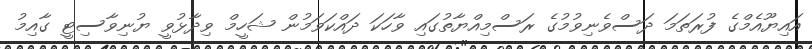
އައިޔޫއެމްގެ ފުރަތަމަ ދަސްވެނިވުމުގެ ރަސްމިއްޔާތުގައި ވާހަކަ ދައްކަވަމުން ޝަހީމް ވިދާޅުވީ ޔުނިވާސިޓީ ގާއިމު